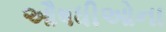
ઔષધીઓના